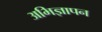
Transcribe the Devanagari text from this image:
अभिज्ञापन